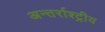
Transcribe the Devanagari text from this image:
अन्तर्राश्ट्रीय